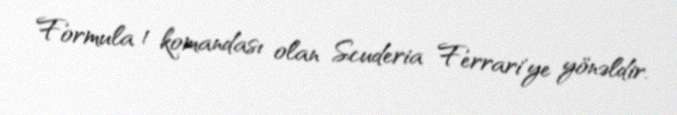
Formula 1 komandası olan Scuderia Ferrari'ye yönəldir.